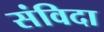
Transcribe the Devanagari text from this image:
संविदा